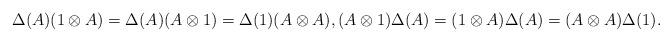
LaTeX: \begin{align*}\Delta(A)(1\otimes A) = \Delta(A)(A\otimes 1)= \Delta(1)(A\otimes A),(A\otimes 1)\Delta(A) = (1\otimes A)\Delta(A) = (A\otimes A)\Delta(1).\end{align*}